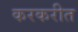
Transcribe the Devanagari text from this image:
करकरीत